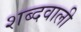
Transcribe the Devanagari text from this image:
शब्दवाली